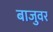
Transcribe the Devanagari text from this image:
बाजुवर